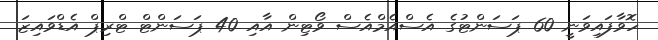
ހޮވާފައިވަނީ 60 ޕަސަންޓުގެ އެސްއެމްއެސް ވޯޓިން އާއި 40 ޕަސަންޓް ޓްރިޕް އެޑްވައިޒަ